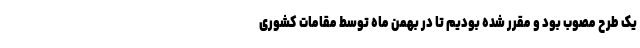
یک طرح مصوب بود و مقرر شده بودیم تا در بهمن ماه توسط مقامات کشوری